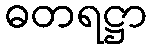
ဓတရဋ္ဌာ